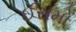
ઈસમો